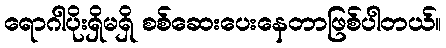
ရောဂါပိုးရှိမရှိ စစ်ဆေးပေးနေတာဖြစ်ပါတယ်။